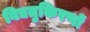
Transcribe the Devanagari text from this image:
विद्यतुकिरणों